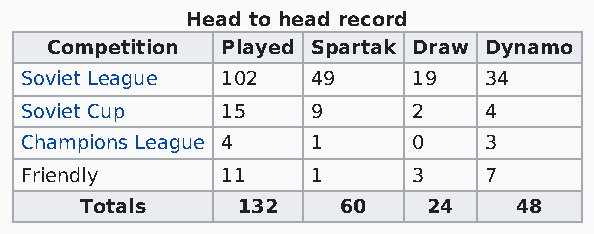
Head to head record
 Competition Played Spartak Draw Dynamo
 Soviet League 102   49    19   34
 Soviet Cup    15    9     2    4
 Champions League 4  1     0    3
 Friendly      11    1     3    7
 Totals     132   60    24    48